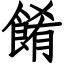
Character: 餚